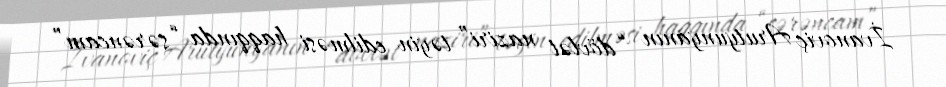
İvanoviç Arutyunyanın “dövlət naziri” təyin edilməsi haqqında “sərəncam”